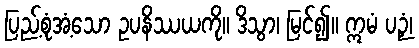
ပြည့်စုံအံ့သော ဥပနိဿယကို။ ဒိသွာ၊ မြင်၍။ ဣမံ ပဉှံ၊